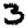
Digit: 3